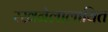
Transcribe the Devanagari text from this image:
रखनेलालायित